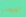
تفهمنى